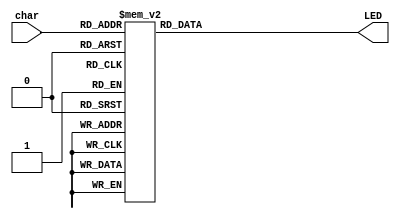
`timescale 1ns / 1ps
module LEDdecoder(char, LED);
input [3:0] char;
output reg [6:0] LED;

always @(char)
   begin
    case(char)
				4'b0000:
						begin
						  LED = 7'b0000001;   //0
						end
				4'b0001:
						begin
						  LED = 7'b1001111;   //1
						end
				4'b0010:
						begin
						  LED = 7'b0010010;   //2
						end
				4'b0011:
						begin
						  LED = 7'b0000110;   //3
						end
				4'b0100:
						begin
						  LED = 7'b1001100;   //4
						end
				4'b0101:
						begin
						  LED = 7'b0100100;   //5
						end
				4'b0110:
						begin
						  LED = 7'b0100000;   //6
						end
				4'b0111:
						begin
						  LED = 7'b0001111;   //7
						end
				4'b1000:
						begin
						  LED = 7'b0000000;   //8
						end
				4'b1001:
						begin
						  LED = 7'b0000100;   //9
						end
				4'b1010:
						begin
						  LED = 7'b0001000;  //a
						end
				4'b1011:
						begin
						  LED = 7'b1100000;   //b
						end
				4'b1100:
						begin
						  LED = 7'b0110001;   //c
						end
				4'b1101:
						begin
						  LED = 7'b1000010;   //d
						end
				4'b1110:
						begin
						  LED = 7'b0110000;   //e
						end	
				4'b1111:
						begin
						  LED = 7'b0111000;   //f
						end
				default:
				        begin
				          LED = 7'b1000000;
				        end
			endcase
			
        
   end

endmodule